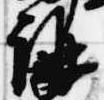
講